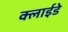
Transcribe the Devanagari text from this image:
क्लाईडे